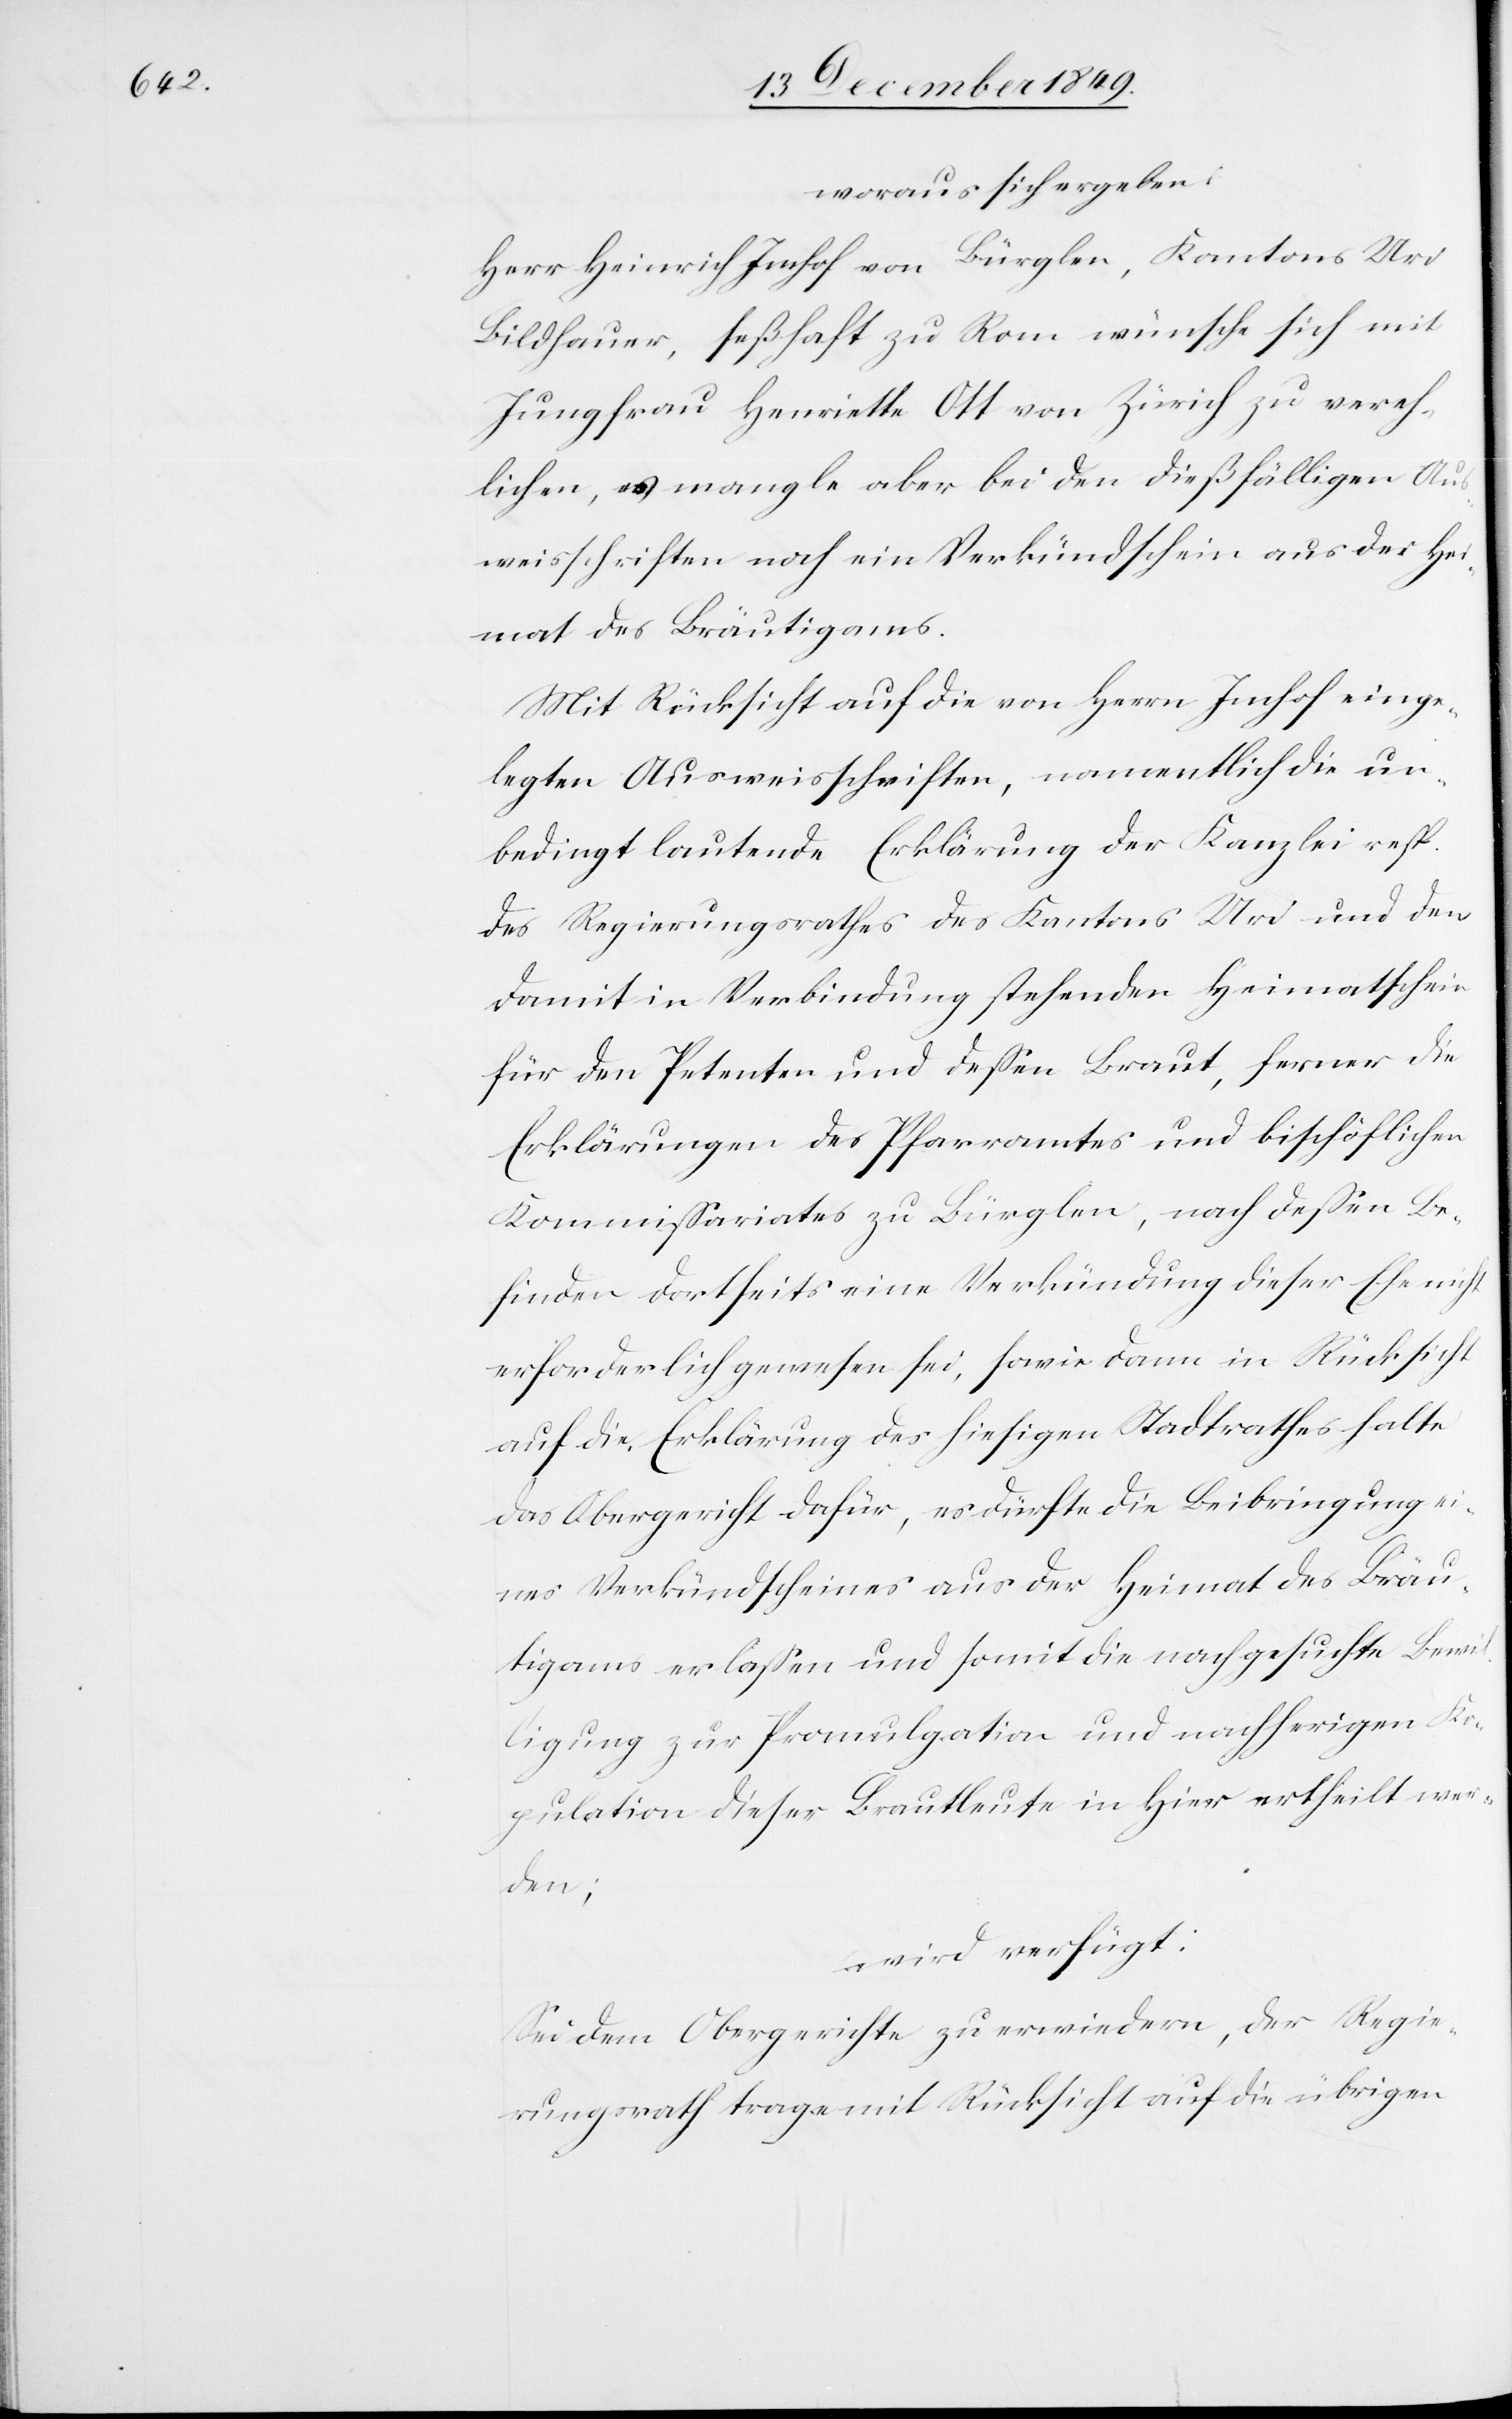
woraus sich ergeben:
Herr Heinrich Imhof von Bürglen, Kantons Uri
Bildhauer, seßhaft zu Rom wünsche sich mit
Jungfrau Henriette Ott von Zürich zu vereh¬
lichen, u. mangle aber bei den dießfälligen Aus¬
weisschriften noch ein Verkündschein aus der Hei¬
mat des Bräutigams.
Mit Rücksicht auf die von Herrn Imhof einge¬
legten Ausweisschriften, namentlich die un¬
bedingt lautende Erklärung der Kanzlei resp.
des Regierungsrathes des Kantons Uri und den
damit in Verbindung stehenden Heimatschein
für den Petenten und deßen Braut, ferner die
Erklärung des Pfarramtes und bischöflichen
Kommißariates zu Bürglen, nach deßen Be¬
finden dortseits eine Verkündung dieser Ehe nicht
erforderlich gewesen sei, sowie dann in Rücksicht
auf die Erklärung des hiesigen Stadtrathes halte
das Obergericht dafür, es dürfte die Beibringung ei¬
nes Verkündscheines aus der Heimat des Bräu¬
tigams erlaßen und somit die nachgesuchte Bewil¬
ligung zur Promulgation und nachherigen Ko¬
pulation dieser Brautleute in hier ertheilt wer¬
den;
wird verfügt:
Sei dem Obergerichte zu erwiedern, der Regie¬
rungsrath trage mit Rücksicht auf die übrigen